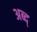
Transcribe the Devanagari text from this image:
अब्द्